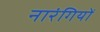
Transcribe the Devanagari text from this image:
नारंगियों